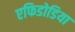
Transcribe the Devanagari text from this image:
एफिडोडिया